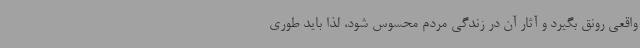
واقعی رونق بگیرد و آثار آن در زندگی مردم محسوس شود، لذا باید طوری